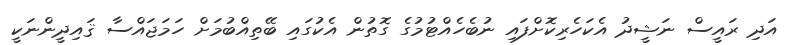
އަދި ރައީސް ނަޝީދު އެކަހެރިކޮށްފައި ނުބެހެއްޓުމުގެ ގޮތުން އެކުގައި ބޭތިއްބުމަށް ހަމަޖައްސާ ޤައިދީންނަކީ